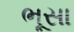
ભૂસા